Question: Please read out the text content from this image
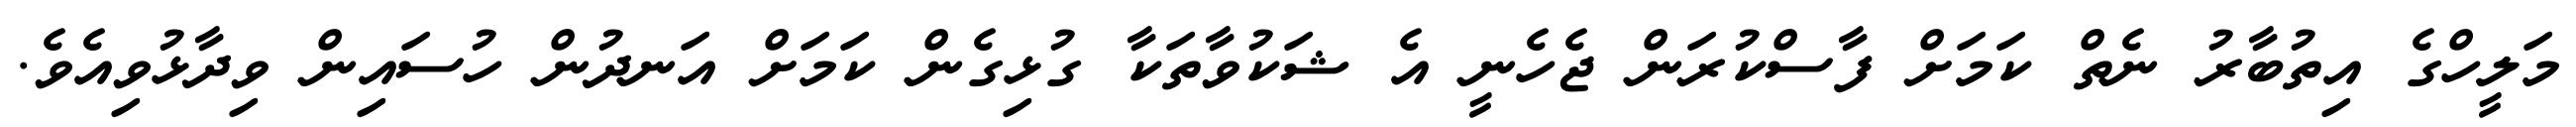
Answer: މަލީހްގެ އިތުބާރު ނެތް ކަމަށް ފާސްކުރަން ޖެހެނީ އެ ޝަކުވާތަކާ ގުޅިގެން ކަމަށް އަނދުން ހުސައިން ވިދާޅުވިއެވެ.